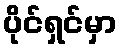
ပိုင်ရှင်မှာ